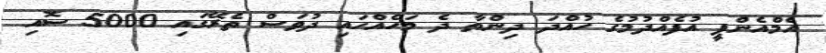
އެމްއެންޕީ އުފެއްދުމުގެ ހުއްދަ ދިންތާ ދެ މަހެއްހައި ދުވަސް ތެރޭގައި 5000 ސޮއި